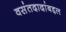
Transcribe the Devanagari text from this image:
वसंतदादांबद्दल